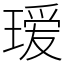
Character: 瑷